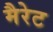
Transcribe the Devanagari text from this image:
मैरेट